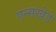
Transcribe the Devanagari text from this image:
एन्सखेडे